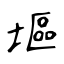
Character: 塸